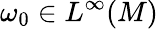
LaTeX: \omega_{0}\in L^{\infty}(M)